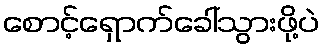
စောင့်ရှောက်ခေါ်သွားဖို့ပဲ